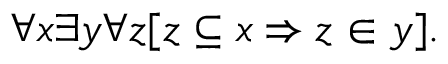
\forall x \exists y \forall z [ z \subseteq x \Rightarrow z \in y ] .